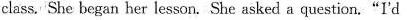
class. She began her lesson. She asked a question."I'd